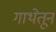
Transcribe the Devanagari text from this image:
गाथेतून